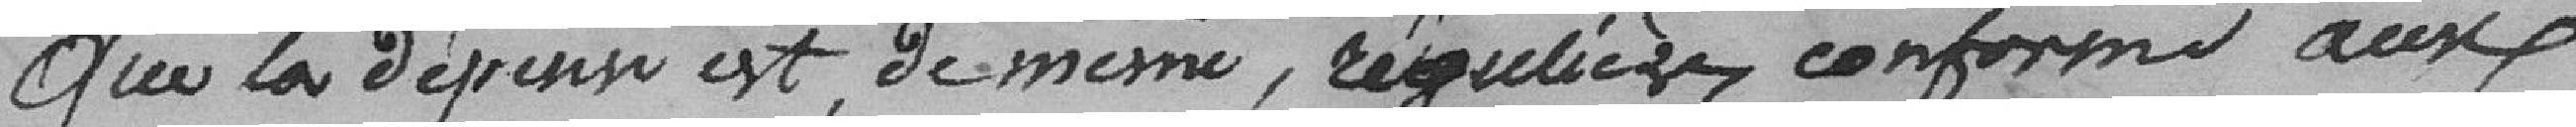
que la dépense est, de même, régulière, conforme aux